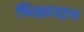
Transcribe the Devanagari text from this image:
भिक्षादान